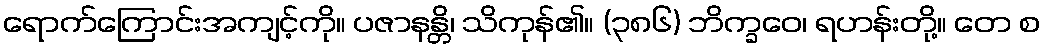
ရောက်ကြောင်းအကျင့်ကို။ ပဇာနန္တိ၊ သိကုန်၏။ (၃၈၆) ဘိက္ခဝေ၊ ရဟန်းတို့။ တေ စ